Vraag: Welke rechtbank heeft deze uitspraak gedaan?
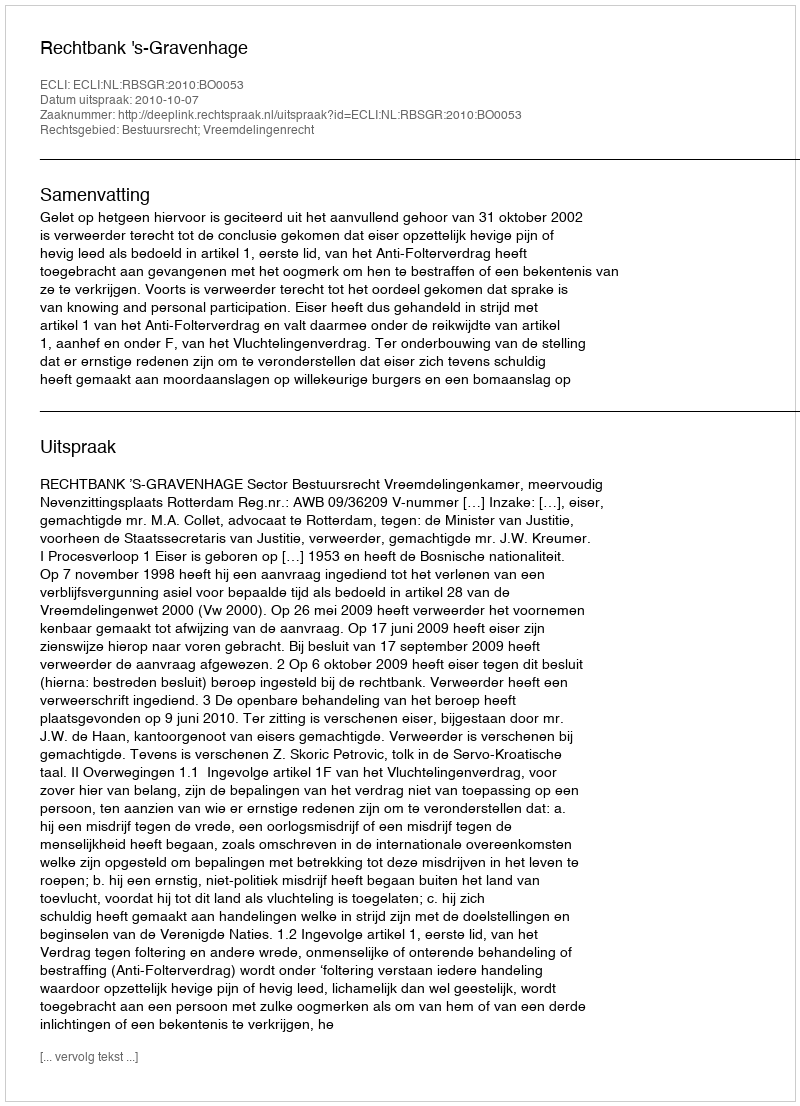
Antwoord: Rechtbank 's-Gravenhage